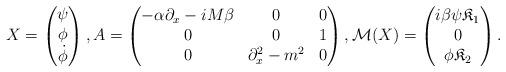
LaTeX: \begin{align*} X = \begin{pmatrix} \psi \\ \phi \\ \dot\phi \end{pmatrix}, A = \begin{pmatrix} -\alpha \partial_x - iM\beta & 0 & 0 \\ 0 & 0 & 1 \\ 0 & \partial_x^2-m^2 & 0 \end{pmatrix}, \mathcal M(X) = \begin{pmatrix} i\beta\psi \mathfrak K_1 \\ 0 \\ \phi \mathfrak K_2 \end{pmatrix}.\end{align*}